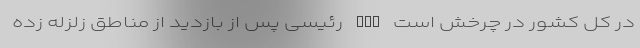
در کل کشور در چرخش است nan رئیسی پس از بازدید از مناطق زلزله زده